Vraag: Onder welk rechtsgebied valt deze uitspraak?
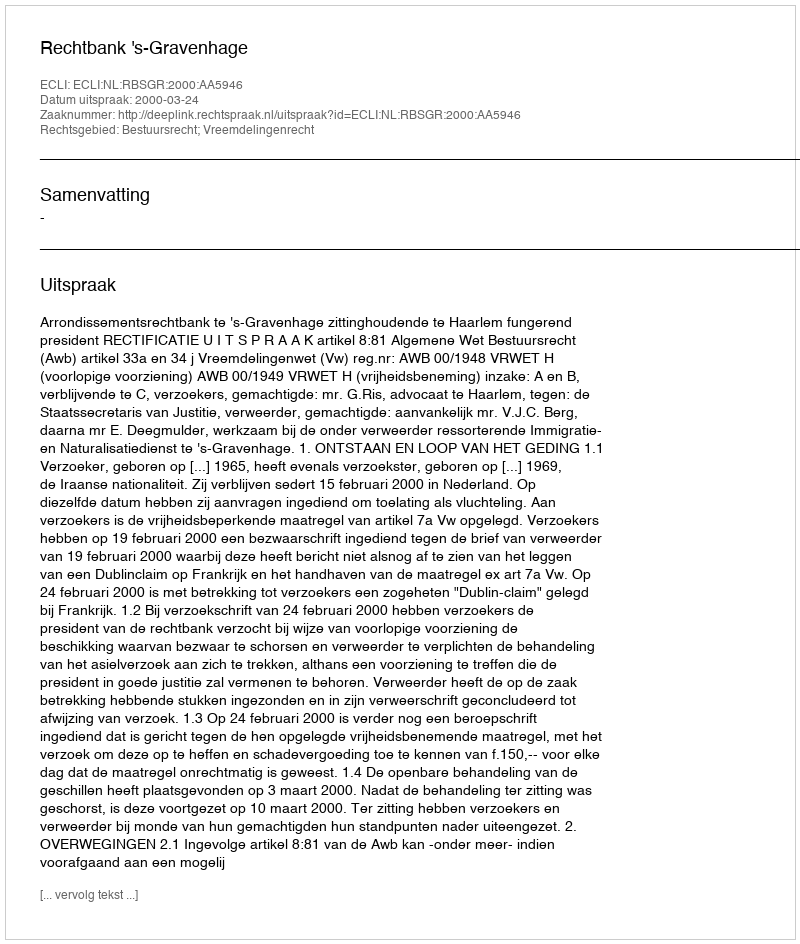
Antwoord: Bestuursrecht; Vreemdelingenrecht